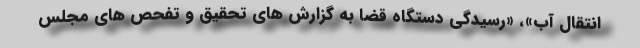
انتقال آب»، «رسیدگی دستگاه قضا به گزارش های تحقیق و تفحص های مجلس